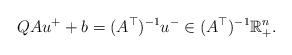
LaTeX: \begin{align*}QAu^+ + b =(A^\top)^{-1}u^-\in (A^\top)^{-1}\mathbb{R}^n_+. \end{align*}